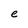
Character: e